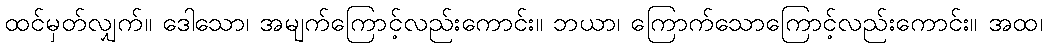
ထင်မှတ်လျှက်။ ဒေါသော၊ အမျက်ကြောင့်လည်းကောင်း။ ဘယာ၊ ကြောက်သောကြောင့်လည်းကောင်း။ အထ၊